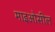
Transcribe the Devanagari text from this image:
माइओसील